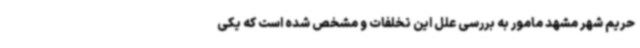
حریم شهر مشهد مامور به بررسی علل این تخلفات و مشخص شده است که یکی